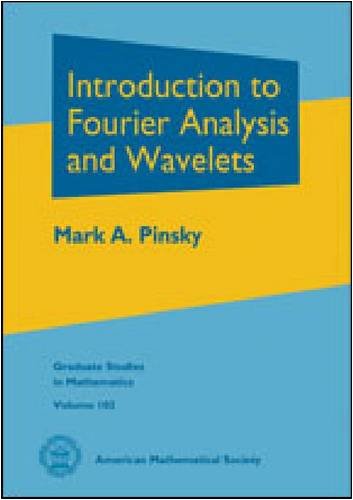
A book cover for Introduction to Fourier Analysis and Wavelets (Graduate Studies in Mathematics); Mark A. Pinsky; Science & Math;